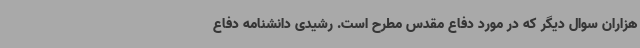
هزاران سوال دیگر که در مورد دفاع مقدس مطرح است. رشیدی دانشنامه دفاع